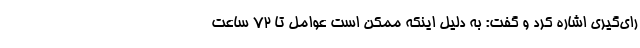
رای‌گیری اشاره کرد و گفت: به دلیل اینکه ممکن است عوامل تا ۷۲ ساعت